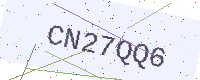
Text: CN27QQ6